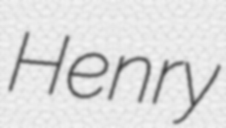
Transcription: Henry